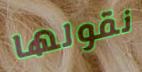
نقولها